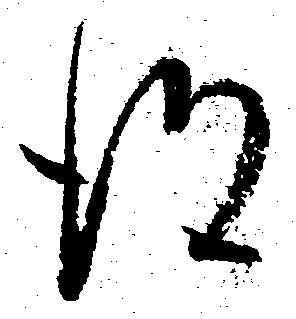
得